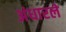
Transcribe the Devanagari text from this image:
अंधारले